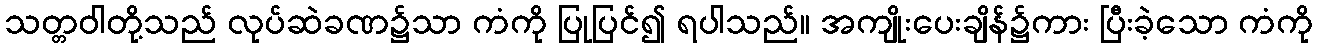
သတ္တဝါတို့သည် လုပ်ဆဲခဏ၌သာ ကံကို ပြုပြင်၍ ရပါသည်။ အကျိုးပေးချိန်၌ကား ပြီးခဲ့သော ကံကို